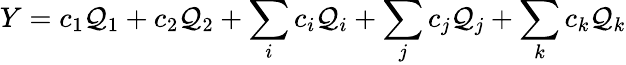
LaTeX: Y=c_{1}\mathcal{Q}_{1}+c_{2}\mathcal{Q}_{2}+\sum_{i}c_{i}\mathcal{Q}_{i}+\sum_{j}c_{j}\mathcal{Q}_{j}+\sum_{k}c_{k}\mathcal{Q}_{k}